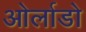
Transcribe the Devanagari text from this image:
ओर्लाडो